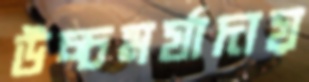
উচ্চমর্যাদায়